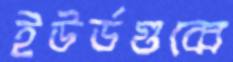
ইউর্ডগুব্বে